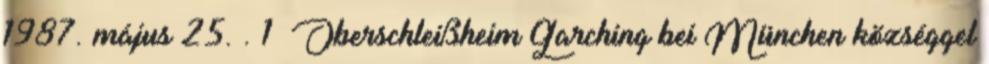
1987. május 25. . 1 Oberschleißheim Garching bei München községgel